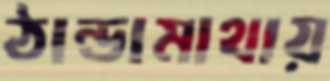
ঠান্ডামাথায়